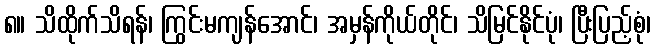
၈။ သိထိုက်သိရန်၊ ကြွင်းမကျန်အောင်၊ အမှန်ကိုယ်တိုင်၊ သိမြင်နိုင်ပုံ၊ ပြီးပြည့်စုံ၊